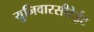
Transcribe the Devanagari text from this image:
युनिवारसीटेईट